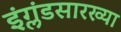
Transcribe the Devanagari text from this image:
इंग्लंडसारख्या